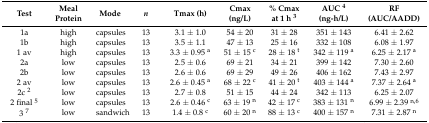
<table><thead><tr><td><b>Test</b></td><td><b>Meal Protein</b></td><td><b>Mode</b></td><td><b><i>n</i></b></td><td><b>Tmax (h)</b></td><td><b>Cmax (ng/L)</b></td><td><b>% Cmax at 1 h <sup>3</sup></b></td><td><b>AUC <sup>4</sup> (ng-h/L)</b></td><td><b>RF (AUC/AADD)</b></td></tr></thead><tbody><tr><td>1a</td><td>high</td><td>capsules</td><td>13</td><td>3.1 ± 1.0</td><td>54 ± 20</td><td>31 ± 28</td><td>351 ± 143</td><td>6.41 ± 2.62</td></tr><tr><td>1b</td><td>high</td><td>capsules</td><td>13</td><td>3.5 ± 1.1</td><td>47 ± 13</td><td>25 ± 16</td><td>332 ± 108</td><td>6.08 ± 1.97</td></tr><tr><td>1 av</td><td>high</td><td>capsules</td><td>13</td><td>3.3 ± 0.95 <sup>a</sup></td><td>51 ± 15 <sup>c</sup></td><td>28 ± 18 <sup>t</sup></td><td>342 ± 119 <sup>a</sup></td><td>6.25 ± 2.17 <sup>a</sup></td></tr><tr><td>2a</td><td>low</td><td>capsules</td><td>13</td><td>2.5 ± 0.6</td><td>69 ± 21</td><td>34 ± 21</td><td>399 ± 142</td><td>7.30 ± 2.60</td></tr><tr><td>2b</td><td>low</td><td>capsules</td><td>13</td><td>2.6 ± 0.6</td><td>69 ± 29</td><td>49 ± 26</td><td>406 ± 162</td><td>7.43 ± 2.97</td></tr><tr><td>2 av</td><td>low</td><td>capsules</td><td>13</td><td>2.6 ± 0.45 <sup>a</sup></td><td>68 ± 22 <sup>c</sup></td><td>41 ± 20 <sup>t</sup></td><td>403 ± 144 <sup>a</sup></td><td>7.37 ± 2.64 <sup>a</sup></td></tr><tr><td>2c <sup>2</sup></td><td>low</td><td>capsules</td><td>13</td><td>2.7 ± 0.8</td><td>51 ± 15</td><td>44 ± 24</td><td>342 ± 113</td><td>6.25 ± 2.07</td></tr><tr><td>2 final <sup>5</sup></td><td>low</td><td>capsules</td><td>13</td><td>2.6 ± 0.46 <sup>c</sup></td><td>63 ± 19 <sup>n</sup></td><td>42 ± 17 <sup>c</sup></td><td>383 ± 131 <sup>n</sup></td><td>6.99 ± 2.39 <sup>n,6</sup></td></tr><tr><td>3 <sup>7</sup></td><td>low</td><td>sandwich</td><td>13</td><td>1.4 ± 0.8 <sup>c</sup></td><td>60 ± 20 <sup>n</sup></td><td>88 ± 13 <sup>c</sup></td><td>400 ± 157 <sup>n</sup></td><td>7.31 ± 2.87 <sup>n</sup></td></tr></tbody></table>